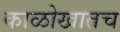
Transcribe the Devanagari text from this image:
काळोखातच